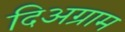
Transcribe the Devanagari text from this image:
दिअग्राम